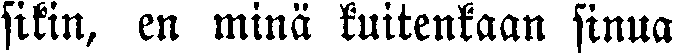
sitin, en minä kuitenkaan sinua